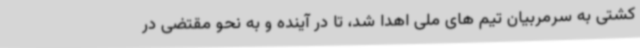
کشتی به سرمربیان تیم های ملی اهدا شد، تا در آینده و به نحو مقتضی در